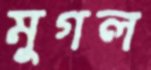
মুগল